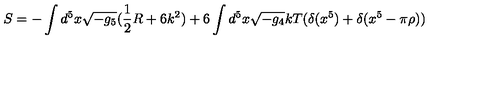
S = - \int d ^ { 5 } x \sqrt { - g _ { 5 } } ( \frac { 1 } { 2 } R + 6 k ^ { 2 } ) + 6 \int d ^ { 5 } x \sqrt { - g _ { 4 } } k T ( \delta ( x ^ { 5 } ) + \delta ( x ^ { 5 } - \pi \rho ) )